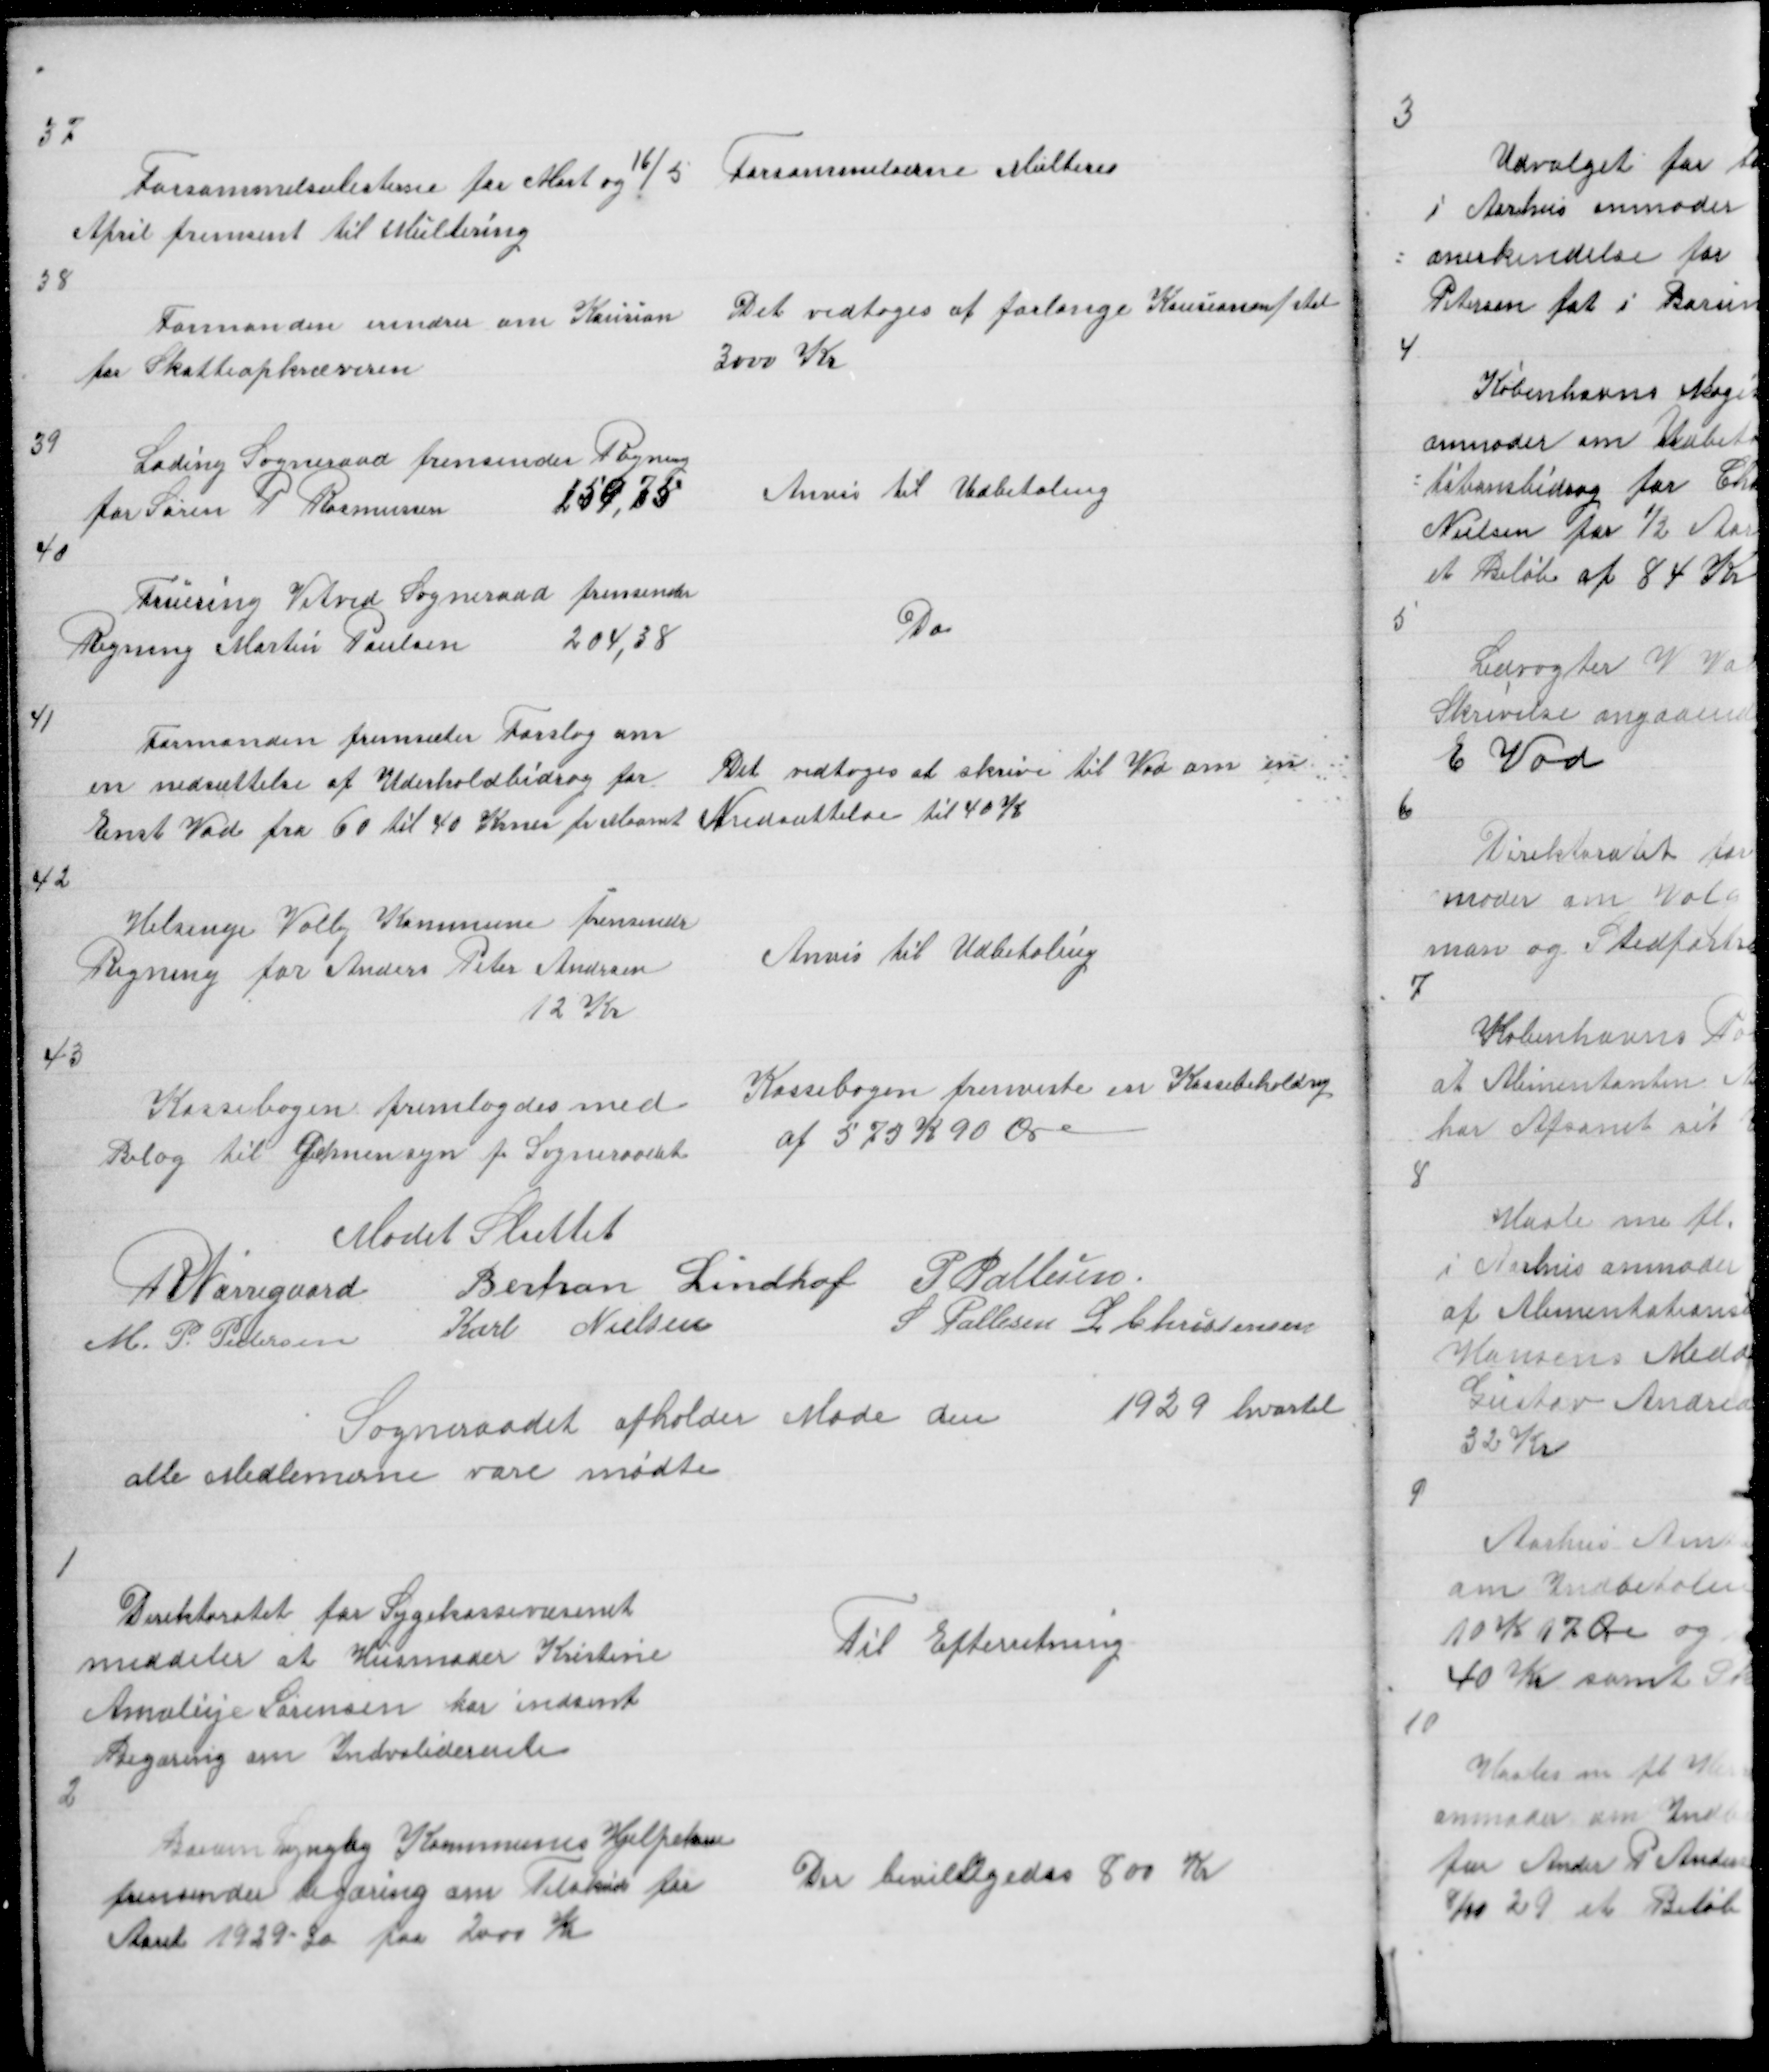
Transskription:
37

Forsømmelseslisterne for Mast og 16/5
April fremvist til Multering

Forsømmelserne Multeres

38

Formanden erindrer om Kausion
for Skatteopkræveren

Det vedtoges at forlange Kausion
3000 Kr

39

Lading Sogneraad fremsender Regning
for Søren P Rasmussen
159,75

Anvis til Udbetaling

40

Fruering Vitved Sogneraad fremsender
Regning Martin Poulsen
204,38

Do

41

Formanden fremsæter Forslag om
en nedsættelse af Uderholdbidrag for
Enst Vad fra 60 til 40 Krner pr Maanet

Det vedtoges at skrive til Vad om en
Nedsættelse til 40 Kr

42

Helsinge Valby Kommune fremsender
Regning for Anders Peter Andrsen
12 Kr

Anvis til Udbetaling

43

Kassebogen fremlagdes med
Bilag til Gennensyn fr Sogneraadet

Kassebogen fremviste en Kassebeholdng
af 575 K 90 Øre

Mødet Sluttet
R Nørregaard Bertran Lindhof P Pallesen
M P Pedersen Karl Nielsen
S Pallesen L Christensen

Sogneraadet afholder Møde den
1929 hvortil
alle Medlemerne vare mødte

1

Direktoratet for Sygekassevæsenet
meddeler at Husmoder Kristine
Amalije Sørensen har indsent
Begæring om Indvaliderente

Til Efterretning

2

Borum Lyngby Kommunes Hjelpekasse
fremsender Begæring om Tilskud for
Aaret 1929 - 30 paa 2000 Kr

Der bevilligedes 800 Kr